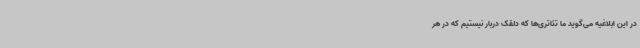
در این ابلاغیه می‌گوید ما تئاتری‌ها که دلقک دربار نیستیم که در هر